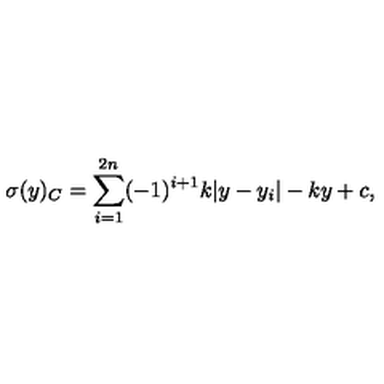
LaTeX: \sigma ( y ) _ { C } = \sum _ { i = 1 } ^ { 2 n } ( - 1 ) ^ { i + 1 } k | y - y _ { i } | - k y + c , \,